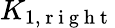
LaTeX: K_{1,\mathrm{~r~i~g~h~t~}}